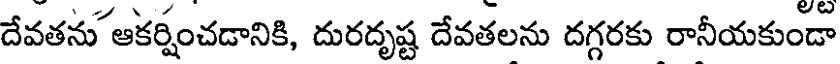
దేవతను ఆకర్షంచడానికి, దురదృష్ట దేవతలను దగ్గరకు రానీయకుండా